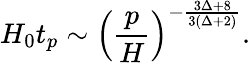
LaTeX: H_{0}t_{p}\sim\left(\frac{p}{H}\right)^{-\frac{3\Delta+8}{3(\Delta+2)}}.